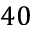
4 0